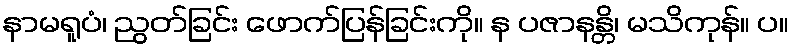
နာမရူပံ၊ ညွတ်ခြင်း ဖောက်ပြန်ခြင်းကို။ န ပဇာနန္တိ၊ မသိကုန်။ ပ။